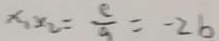
x _ { 1 } x _ { 2 } = \frac { e } { a } = - 2 b